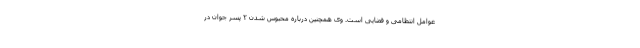
عوامل انتظامی و قضایی است. وی همچنین درباره محبوس شدن ۲ پسر جوان در